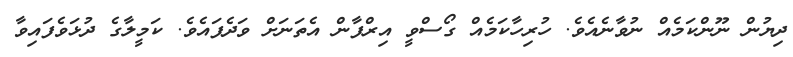
ދިޔުން ނޫންކަމެއް ނުވާނެއެވެ. ހުރިހާކަމެއް ގޯސްވީ އިރްފާން އެތަނަށް ވަދެފައެވެ. ކަމީލާގެ ދުޅަވެފައިވާ